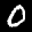
Label: 0